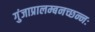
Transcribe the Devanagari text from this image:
गुंजाप्रालम्बनच्छन्नः